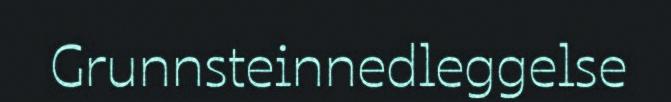
Grunnsteinnedleggelse